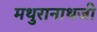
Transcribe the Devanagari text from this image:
मथुरानाथजी